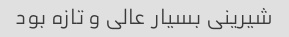
شیرینی بسیار عالی و تازه بود